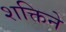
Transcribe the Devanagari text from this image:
शक्तिने